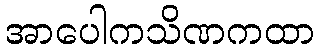
အာပေါကသိဏကထာ